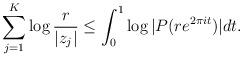
LaTeX: \begin{align*}\sum_{j=1}^{K}\log\frac{r}{|z_{j}|}\le\int_{0}^{1}\log|P(re^{2\pi it})|dt.\end{align*}